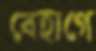
বেহাগে